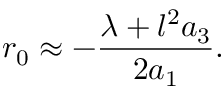
r _ { 0 } \approx - \frac { \lambda + l ^ { 2 } a _ { 3 } } { 2 a _ { 1 } } .